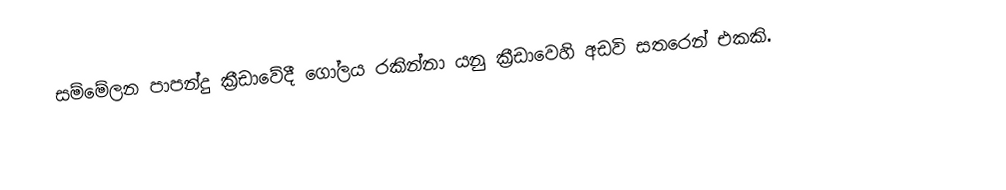
සම්මේලන පාපන්දු ක්‍රීඩාවේදී ගෝලය රකින්නා යනු ක්‍රීඩාවෙහි අඩවි සතරෙන් එකකි.